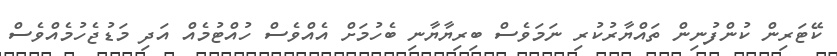
ކޭޓަރިން ކުންފުނިން ތައްޔާރުކުރި ނަމަވެސް ބިރިޔާޔާނި ބެހުމަށް އެއްވެސް ހުއްޓުމެއް އަދި މަޑުޖެހުމެއްވެސް